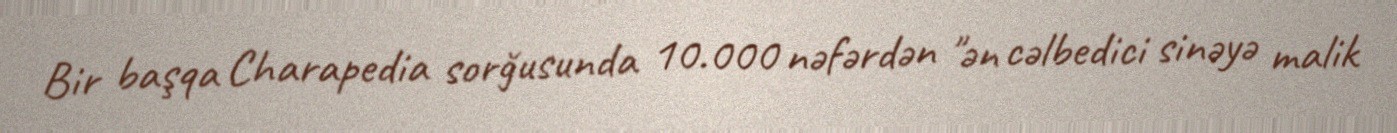
Bir başqa Charapedia sorğusunda 10.000 nəfərdən "ən cəlbedici sinəyə malik